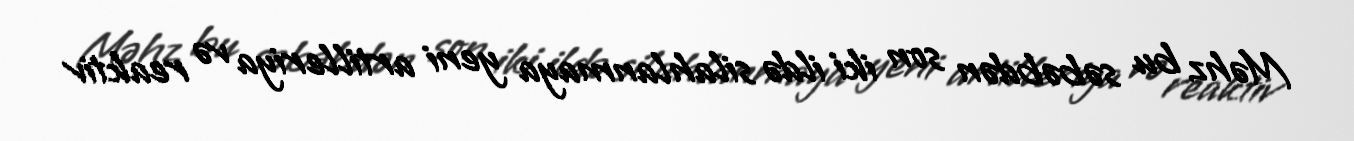
Məhz bu səbəbdən son iki ildə silahlanmaya yeni artilleriya və reaktiv